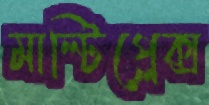
মাল্টিপ্লেক্স